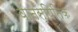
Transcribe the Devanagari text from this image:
वानस्पितिक